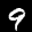
Label: 9